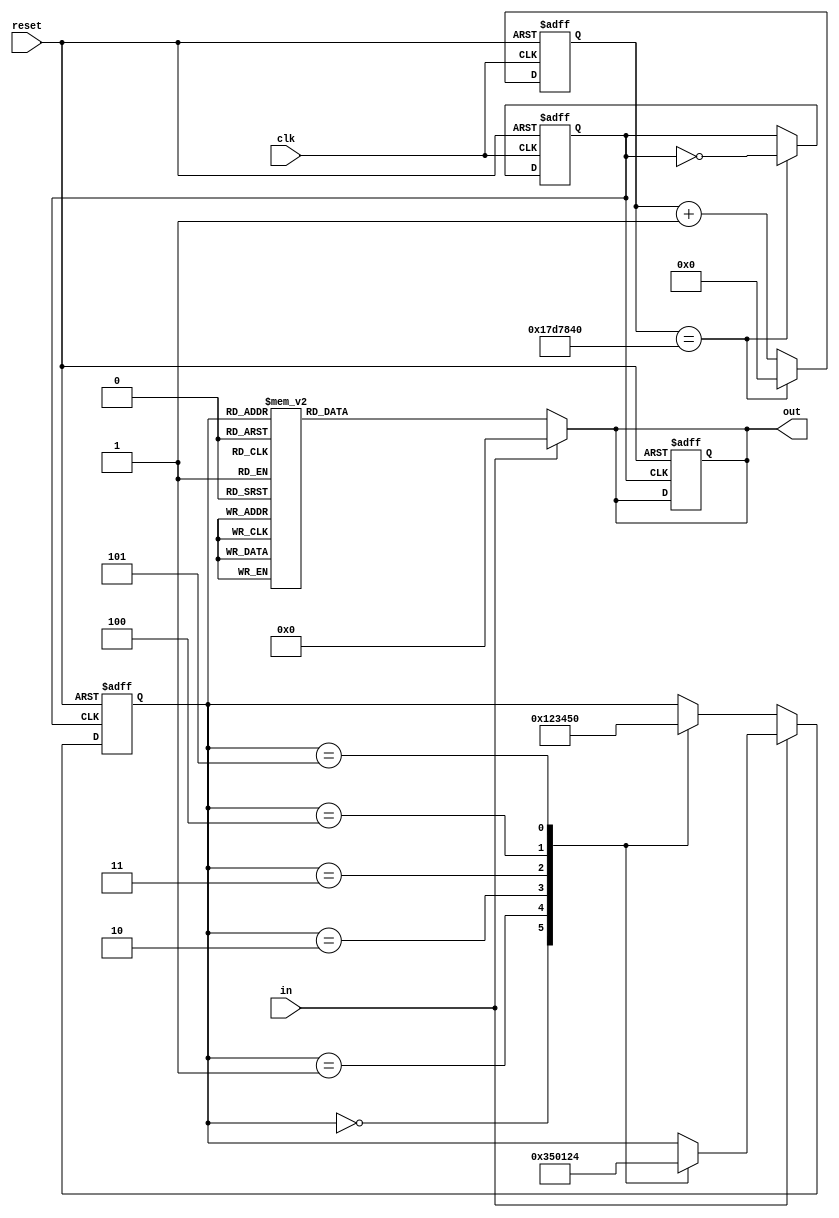
// reset -> 8 state -> 0 
module test(clk,reset, out, in);

input clk,reset, in;

reg[3:0] state;
reg[31:0] clock_div;
reg flag;
output reg[6:0] out;

//clock div
always @(posedge clk or negedge reset) begin
  if (!reset) begin
		clock_div <= 0;
		flag <= 0;
  end
  else begin
	  if(clock_div == 32'd25000000)begin
		 clock_div <= 0;
		 flag <= ~flag;
	  end
	  else begin
		 clock_div <= clock_div + 1;
	  end
   end
end

//state change
always @(posedge flag or negedge reset) begin

  if(!reset)begin
    out <= 7'b0000000;
    state <= 0;
  end
  else begin
   if (!in) begin
		case(state)
			4'b0000:begin
				 state <= 4'b0001;
			end
			4'b0001:begin
				 state <= 4'b0010;
			end
			4'b0010:begin
				 state <= 4'b0011;
			end
			4'b0011:begin
				 state <= 4'b0100;
			end
			4'b0100:begin
				 state <= 4'b0101;
			end
			4'b0101:begin
				 state <= 4'b0000;
			end
		endcase
	end
	else begin
		case(state)
			4'b0000:begin
				 state <= 4'b0011;
			end
			4'b0001:begin
				 state <= 4'b0101;
			end
			4'b0010:begin
				 state <= 4'b0000;
			end
			4'b0011:begin
				 state <= 4'b0001;
			end
			4'b0100:begin
				 state <= 4'b0010;
			end
			4'b0101:begin
				 state <= 4'b0100;
			end
		endcase
	end
  end
end
//7th display
always@(*)begin
  if(in == 1)begin
    out = 7'b0000000;
  end
  else begin
    case(state)
    4'b0000:begin
      out = 7'b1000000;
    end
    4'b0001:begin
      out = 7'b1111001;
    end
    4'b0010:begin
      out = 7'b0100100;
    end
    4'b0011:begin
      out = 7'b0110000;
    end
    4'b0100:begin
      out = 7'b0011001;
    end
    4'b0101:begin
      out = 7'b0010010;
    end
    4'b0110:begin
      out = 7'b0000010;
    end
    4'b0111:begin
      out = 7'b1111000;
    end
    4'b1000:begin
      out = 7'b0000000;
    end
    4'b1001:begin
      out = 7'b0010000;
    end
    4'b1010:begin
      out = 7'b0001000;
    end
    4'b1011:begin
      out = 7'b0000011;
    end
    4'b1100:begin
      out = 7'b1000110;
    end
    4'b1101:begin
      out = 7'b0100001;
    end
    4'b1110:begin
      out = 7'b0000110;
    end
    4'b1111:begin
      out = 7'b0001110;
    end
    endcase
  end
  

end
endmodule